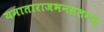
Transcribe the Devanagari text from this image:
यमाताराजभनसलगम्